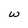
Character: W